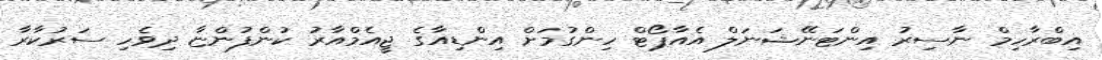
އިބްރާހިމް ނާސިރު އިންޓަނޭޝަނަލް އެއާޕޯޓް ހިންގުމަށް އިންޑިއާގެ ޖީއެމްއާރު ކުންފުންޏާ ދިވެހި ސަރުކާރާ